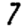
Digit: 7